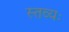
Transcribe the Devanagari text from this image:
स्तव्यः